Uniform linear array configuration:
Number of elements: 4
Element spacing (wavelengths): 0.75
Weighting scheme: hann
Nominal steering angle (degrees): -30
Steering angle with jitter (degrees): -28.905
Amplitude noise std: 0.05
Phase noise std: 0.05

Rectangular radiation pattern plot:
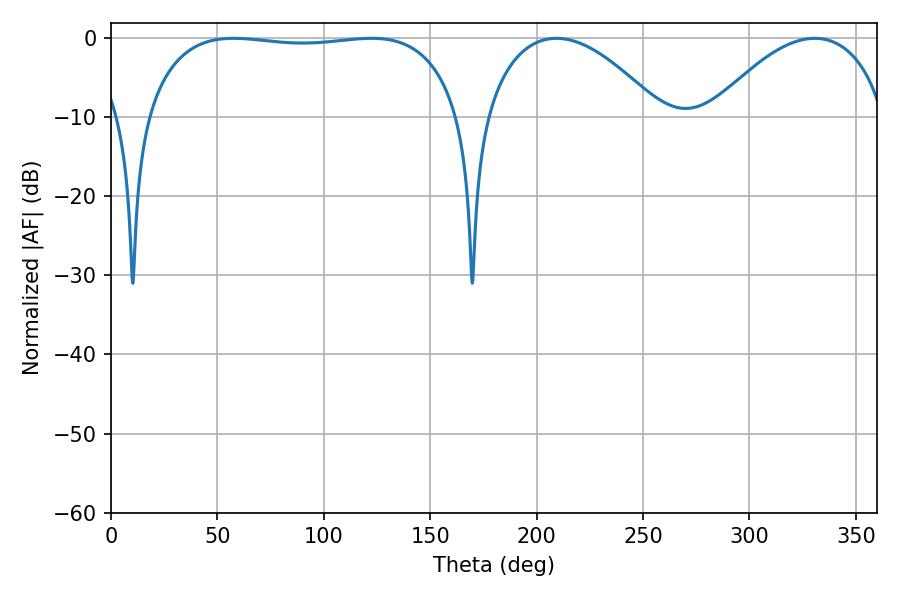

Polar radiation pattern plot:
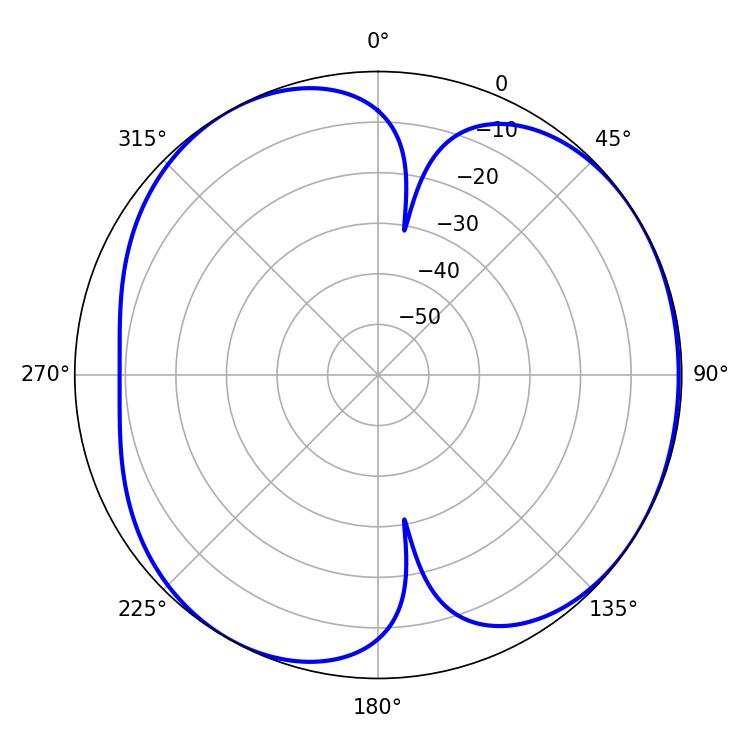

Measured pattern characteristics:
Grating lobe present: TRUE
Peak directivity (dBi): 4.84
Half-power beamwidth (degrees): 118.44
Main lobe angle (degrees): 57.6